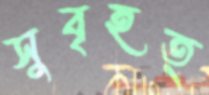
সুবৃহত্